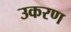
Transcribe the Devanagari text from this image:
उकरण